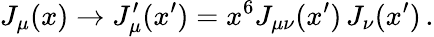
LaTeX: J_{\mu}(x)\rightarrow J_{\mu}^{\prime}(x^{\prime})=x^{6}J_{\mu\nu}(x^{\prime})\, J_{\nu}(x^{\prime})\, .